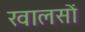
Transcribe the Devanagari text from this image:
खालसों